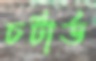
চর্টার্ড